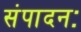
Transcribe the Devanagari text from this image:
संपादनः